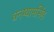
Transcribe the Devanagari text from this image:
घनष्यामसिंह